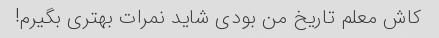
کاش معلم تاریخ من بودی شاید نمرات بهتری بگیرم!